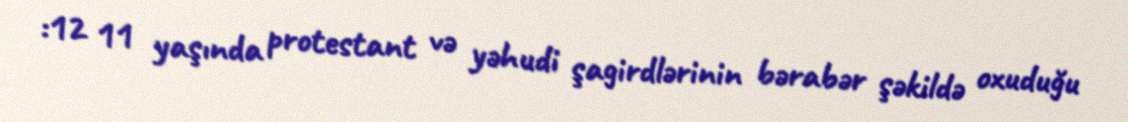
:12 11 yaşında protestant və yəhudi şagirdlərinin bərabər şəkildə oxuduğu